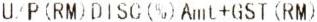
U/P(RM)DISC(%)AMT+GST(RM)